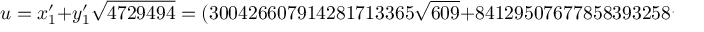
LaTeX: u = x _ { 1 } ^ { \prime } + y _ { 1 } ^ { \prime } { \sqrt { 4 7 2 9 4 9 4 } } = ( 3 0 0 4 2 6 6 0 7 9 1 4 2 8 1 7 1 3 3 6 5 { \sqrt { 6 0 9 } } + 8 4 1 2 9 5 0 7 6 7 7 8 5 8 3 9 3 2 5 8 { \sqrt { 7 7 6 6 } } ) ^ { 2 }